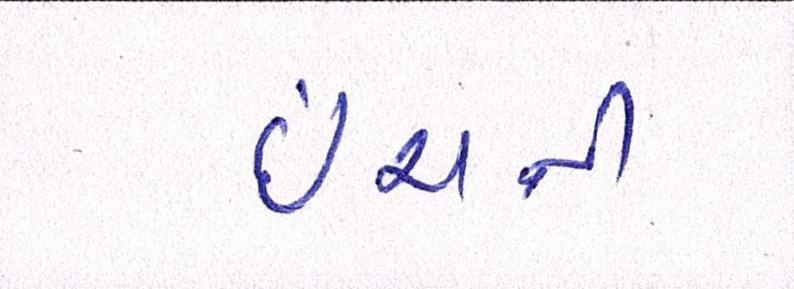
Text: ઇંચની